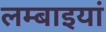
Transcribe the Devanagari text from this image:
लम्बाइयां